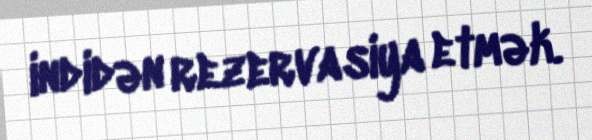
indidən rezervasiya etmək.